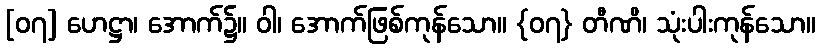
[၀၇] ဟေဋ္ဌာ၊ အောက်၌။ ဝါ၊ အောက်ဖြစ်ကုန်သော။ {၀၇} တီဏိ၊ သုံးပါးကုန်သော။